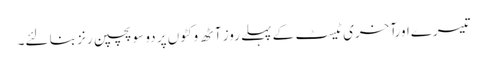
تیسرےاورآخری ٹیسٹ کے پہلے روز آٹھ وکٹوں پر دو سو پچپن رنز بنا لئے۔